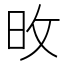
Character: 𪰋